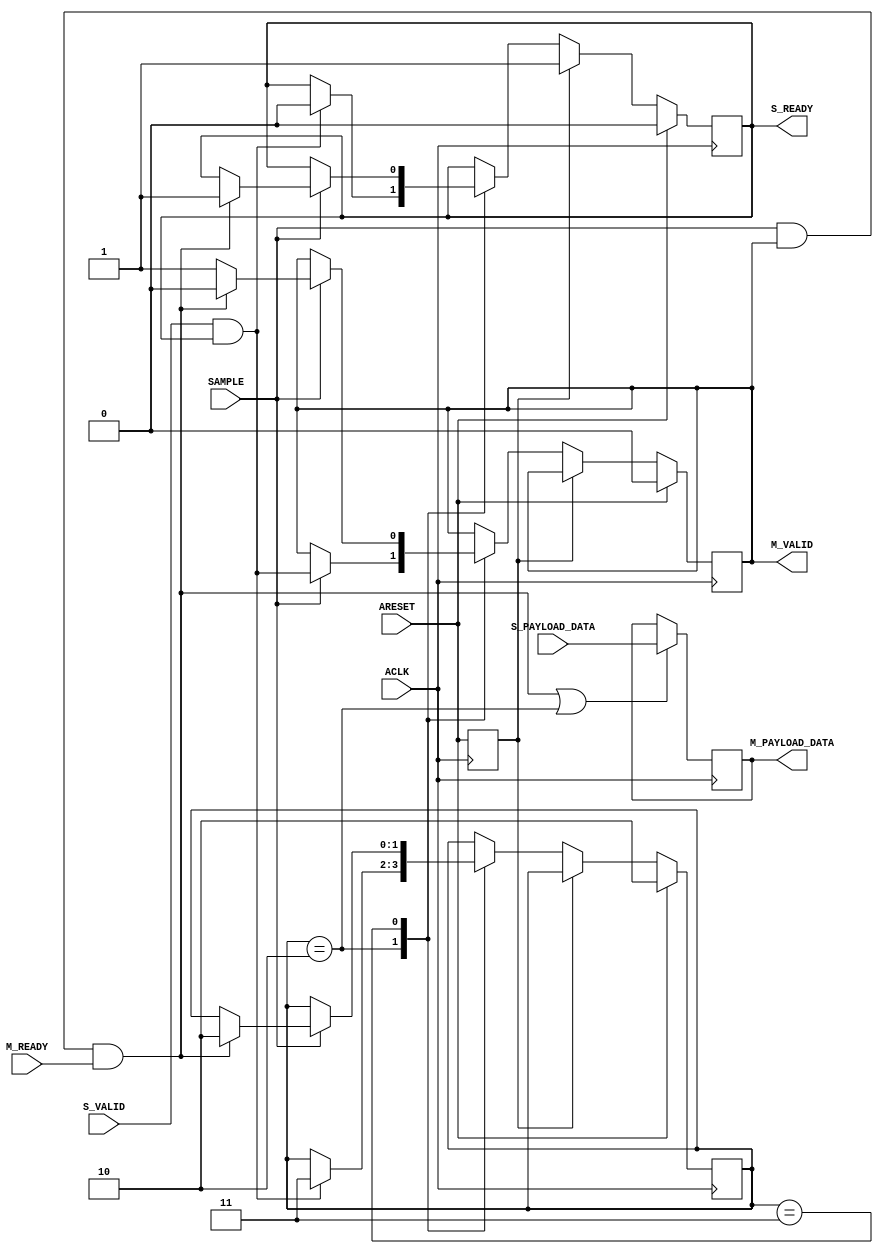
// -- (c) Copyright 2010 - 2011 Xilinx, Inc. All rights reserved.
// --
// -- This file contains confidential and proprietary information
// -- of Xilinx, Inc. and is protected under U.S. and 
// -- international copyright and other intellectual property
// -- laws.
// --
// -- DISCLAIMER
// -- This disclaimer is not a license and does not grant any
// -- rights to the materials distributed herewith. Except as
// -- otherwise provided in a valid license issued to you by
// -- Xilinx, and to the maximum extent permitted by applicable
// -- law: (1) THESE MATERIALS ARE MADE AVAILABLE "AS IS" AND
// -- WITH ALL FAULTS, AND XILINX HEREBY DISCLAIMS ALL WARRANTIES
// -- AND CONDITIONS, EXPRESS, IMPLIED, OR STATUTORY, INCLUDING
// -- BUT NOT LIMITED TO WARRANTIES OF MERCHANTABILITY, NON-
// -- INFRINGEMENT, OR FITNESS FOR ANY PARTICULAR PURPOSE; and
// -- (2) Xilinx shall not be liable (whether in contract or tort,
// -- including negligence, or under any other theory of
// -- liability) for any loss or damage of any kind or nature
// -- related to, arising under or in connection with these
// -- materials, including for any direct, or any indirect,
// -- special, incidental, or consequential loss or damage
// -- (including loss of data, profits, goodwill, or any type of
// -- loss or damage suffered as a result of any action brought
// -- by a third party) even if such damage or loss was
// -- reasonably foreseeable or Xilinx had been advised of the
// -- possibility of the same.
// --
// -- CRITICAL APPLICATIONS
// -- Xilinx products are not designed or intended to be fail-
// -- safe, or for use in any application requiring fail-safe
// -- performance, such as life-support or safety devices or
// -- systems, Class III medical devices, nuclear facilities,
// -- applications related to the deployment of airbags, or any
// -- other applications that could lead to death, personal
// -- injury, or severe property or environmental damage
// -- (individually and collectively, "Critical
// -- Applications"). Customer assumes the sole risk and
// -- liability of any use of Xilinx products in Critical
// -- Applications, subject only to applicable laws and
// -- regulations governing limitations on product liability.
// --
// -- THIS COPYRIGHT NOTICE AND DISCLAIMER MUST BE RETAINED AS
// -- PART OF THIS FILE AT ALL TIMES.
//-----------------------------------------------------------------------------
//
// Synchronous clock decelerator
//   Pipeline transfers for one generic AXI channel from a faster to slower clock domain
//   with integer-ratio clock frequency relationship.
//   Use 2-deep pipeline register (supports back-to-back transfers on slower domain).
//
// Verilog-standard:  Verilog 2001
//--------------------------------------------------------------------------
//
// Structure:
//   clock_sync_decel
//
//--------------------------------------------------------------------------

`timescale 1ps/1ps

module clock_sync_decel #
  (
   parameter         C_FAMILY     = "virtex6",
   parameter integer C_DATA_WIDTH = 32,
   parameter integer C_MODE = 0  // 0 = Light-weight, 1 = Fully-registered
   )
  (
   // System Signals
   input wire ACLK,    // Interface clock from faster clock domain
   input wire ARESET,  // Sync'd to ACLK
   input wire SAMPLE,  // Sample-cycle strobe for slower clock domain

   // Slave side (faster clock domain; sync'd to ACLK)
   input  wire [C_DATA_WIDTH-1:0] S_PAYLOAD_DATA,
   input  wire S_VALID,
   output wire S_READY,

   // Master side (slower clock domain, sync'd to SAMPLE=1 @ACLK)
   output  wire [C_DATA_WIDTH-1:0] M_PAYLOAD_DATA,
   output wire M_VALID,
   input  wire M_READY
   );

  localparam [1:0] 
    ZERO = 2'b10,
    ONE  = 2'b11,
    TWO  = 2'b01;

  reg [C_DATA_WIDTH-1:0] storage_data1;
  reg [C_DATA_WIDTH-1:0] storage_data2;
  reg                    s_ready_i; //local signal of output
  reg                    m_valid_i; //local signal of output
  reg [1:0]              state;
  wire                   push;
  wire                   pop;
  reg                    areset_d1;

  // assign local signal to its output signal
  assign S_READY = s_ready_i;
  assign M_VALID = m_valid_i;
  assign M_PAYLOAD_DATA = storage_data1;
  assign push = S_VALID & s_ready_i;
  assign pop = SAMPLE & m_valid_i & M_READY;

  generate
    if (C_MODE == 0) begin : gen_mode_lightwt
      always @(posedge ACLK) begin
        areset_d1 <= ARESET;
        if (pop | (state == ZERO)) begin
          storage_data1 <= S_PAYLOAD_DATA;
        end
      end
      
      always @(posedge ACLK) begin
        if (ARESET) begin
          s_ready_i <= 1'b0;
          m_valid_i <= 1'b0;
          state <= ZERO;
        end else if (areset_d1) begin
          s_ready_i <= 1'b1;
        end else begin
          case (state)
            ZERO: begin
              if (push) begin
                s_ready_i <= 1'b0;
                state <= ONE;
              end
              if (SAMPLE) begin
                m_valid_i <= push;
              end
            end
            ONE: begin
              if (SAMPLE) begin
                if (pop) begin
                  m_valid_i <= 1'b0;
                  s_ready_i <= 1'b1;
                  state <= ZERO;
                end else begin
                  m_valid_i <= 1'b1;
                end
              end
            end
          endcase
        end
      end
      
    end else begin : gen_mode_fully_reg
    
      always @(posedge ACLK) begin
        areset_d1 <= ARESET;
        if (s_ready_i) begin
          storage_data2 <= S_PAYLOAD_DATA;
        end
        if (pop | (state == ZERO)) begin
          storage_data1 <= s_ready_i ? S_PAYLOAD_DATA : storage_data2;
        end
      end
      
      always @(posedge ACLK) begin
        if (ARESET) begin
          s_ready_i <= 1'b0;
          m_valid_i <= 1'b0;
          state <= ZERO;
        end else if (areset_d1) begin
          s_ready_i <= 1'b1;
        end else begin
          case (state)
            ZERO: begin
              if (push) begin
                state <= ONE;
              end
              if (SAMPLE) begin
                m_valid_i <= push;
              end
            end
            ONE: begin
              if (push & ~pop) begin
                state <= TWO;
                s_ready_i <= 1'b0;
              end else if (pop & ~push) begin
                state <= ZERO;
              end
              if (SAMPLE) begin
                m_valid_i <= ~pop | push;
              end
            end
            TWO: begin
              if (pop) begin
                state <= ONE;
                s_ready_i <= 1'b1;
              end
              if (SAMPLE) begin
                m_valid_i <= 1'b1;
              end
            end
          endcase
        end
      end
    end  // gen_mode
  endgenerate
endmodule